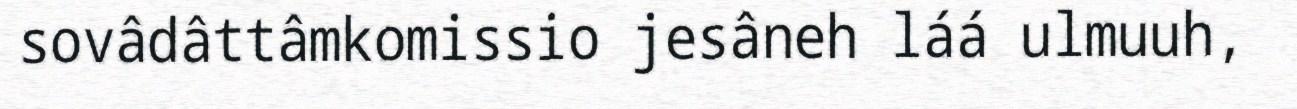
sovâdâttâmkomissio jesâneh láá ulmuuh,